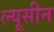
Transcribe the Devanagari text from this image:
ल्यूसीन